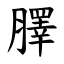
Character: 䐾